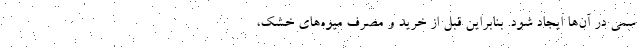
سمی در آن‌ها ایجاد شود. بنابراین قبل از خرید و مصرف میوه‌های خشک،